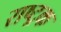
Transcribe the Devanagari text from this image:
राष्ट्रक